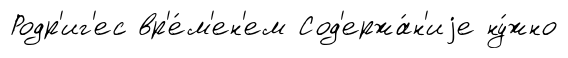
Родр'иг'ес вр'е́м'ен'ем Сод'ержа́н'иjе ну́жно